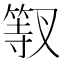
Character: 𱸎